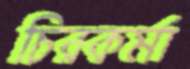
চিরকর্মা